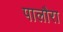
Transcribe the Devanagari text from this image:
पालौरा